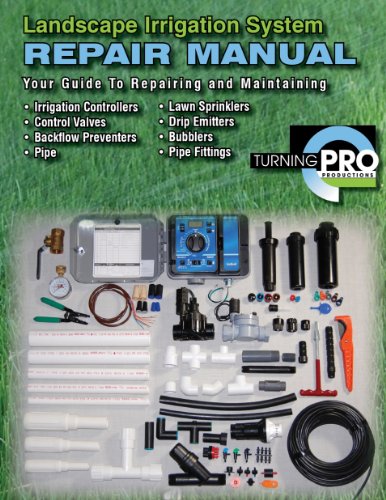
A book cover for Landscape Irrigation System Repair Manual; Science & Math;